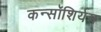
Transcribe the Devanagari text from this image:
कन्सॉशिर्यम